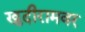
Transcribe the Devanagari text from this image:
खुदीरामवर